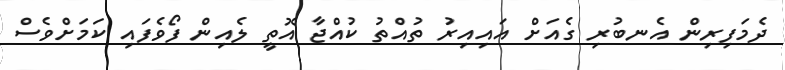
ދެމަފިރިން އެނބުރި ގެއަށް އައިއިރު ތުއްތު ކުއްޖާ އޮތީ ލެއިން ފޯވެފައި ކަމަށްވެސް